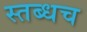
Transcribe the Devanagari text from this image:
स्तब्धच